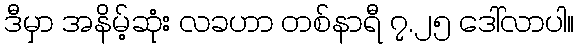
ဒီမှာ အနိမ့်ဆုံး လခဟာ တစ်နာရီ ၇.၂၅ ဒေါ်လာပါ။